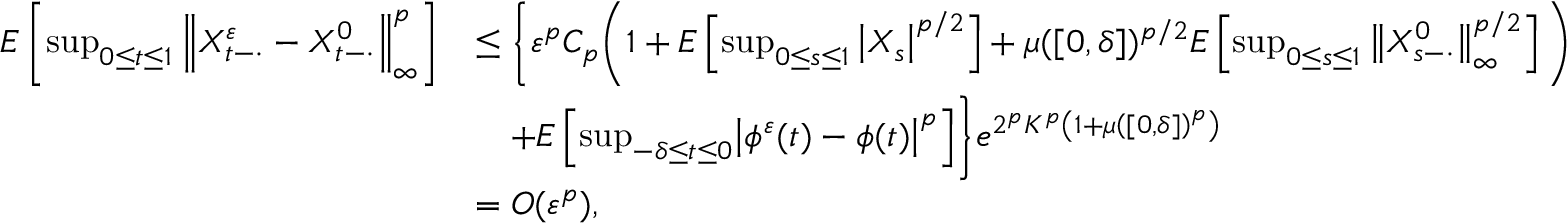
\begin{array} { r l } { E \left[ \operatorname* { s u p } _ { 0 \leq t \leq 1 } \left\| X _ { t - \cdot } ^ { \varepsilon } - X _ { t - \cdot } ^ { 0 } \right\| _ { \infty } ^ { p } \right] } & { \leq \Biggl \{ \varepsilon ^ { p } C _ { p } \bigg ( 1 + E \left[ \operatorname* { s u p } _ { 0 \leq s \leq 1 } \big | X _ { s } \big | ^ { p / 2 } \right] + \mu ( [ 0 , \delta ] ) ^ { p / 2 } E \left[ \operatorname* { s u p } _ { 0 \leq s \leq 1 } \big \| X _ { s - \cdot } ^ { 0 } \big \| _ { \infty } ^ { p / 2 } \right] \bigg ) } \\ & { \quad + E \left[ \operatorname* { s u p } _ { - \delta \leq t \leq 0 } \bigl | \phi ^ { \varepsilon } ( t ) - \phi ( t ) \bigr | ^ { p } \right] \Biggr \} e ^ { 2 ^ { p } K ^ { p } \left( 1 + \mu \left( [ 0 , \delta ] \right) ^ { p } \right) } } \\ & { = O ( \varepsilon ^ { p } ) , } \end{array}